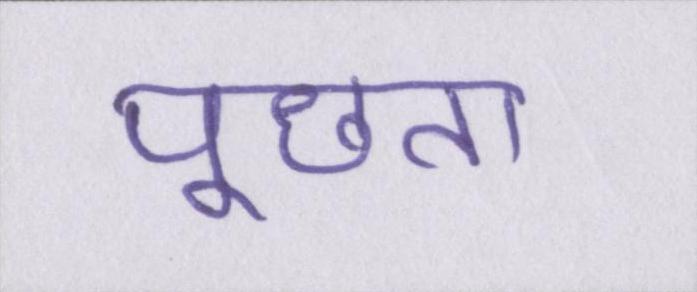
पूछता